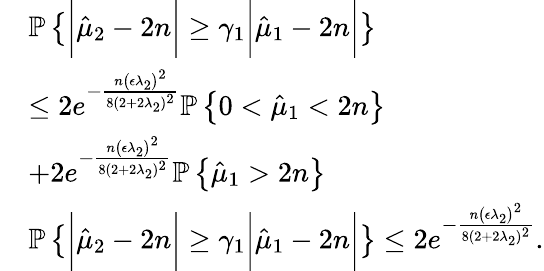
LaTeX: \begin{array}{rl}&{\mathbb{P}\left\{ \bigg|\hat{\mu}_{2}-2n\bigg|\geq\gamma_{1}\bigg|\hat{\mu}_{1}-2n\bigg|\right\} }\\ &{\leq 2e^{-\frac{n\big(\epsilon\lambda_{2}\big)^{2}}{8(2+2\lambda_{2})^{2}}}\mathbb{P}\left\{ 0<\hat{\mu}_{1}<2n\right\} }\\ &{+2e^{-\frac{n\big(\epsilon\lambda_{2}\big)^{2}}{8(2+2\lambda_{2})^{2}}}\mathbb{P}\left\{ \hat{\mu}_{1}>2n\right\} }\\ &{\mathbb{P}\left\{ \bigg|\hat{\mu}_{2}-2n\bigg|\geq\gamma_{1}\bigg|\hat{\mu}_{1}-2n\bigg|\right\} \leq 2e^{-\frac{n\big(\epsilon\lambda_{2}\big)^{2}}{8(2+2\lambda_{2})^{2}}}.}\end{array}